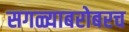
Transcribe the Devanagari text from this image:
सगळ्याबरोबरच